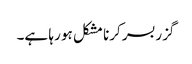
گزربسر کرنا مشکل ہو رہا ہے۔